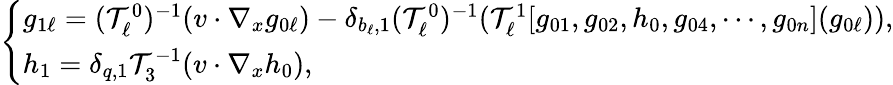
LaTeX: \left\{ \begin{array}{ll}{g_{1\ell}=(\mathcal T_{\ell}^{0})^{-1}(v\cdot\nabla_{x}g_{0\ell})-\delta_{b_{\ell},1}(\mathcal T_{\ell}^{0})^{-1}(\mathcal T_{\ell}^{1}[g_{01},g_{02},h_{0},g_{04},\cdots,g_{0n}](g_{0\ell})),}\\ {h_{1}=\delta_{q,1}\mathcal T_{3}^{-1}(v\cdot\nabla_{x}h_{0}),}\end{array}\right.